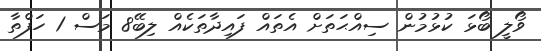
ވޯލީ ބޯޅަ ކުޅުމުން ސިއްޙަތަށް އެތައް ފައިދާތަކެއް ލިބޭ8 މަސް 1 ހަފްތާ